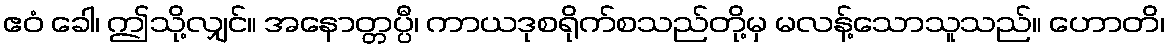
ဧဝံ ခေါ၊ ဤသို့လျှင်။ အနောတ္တပ္ပီ၊ ကာယဒုစရိုက်စသည်တို့မှ မလန့်သောသူသည်။ ဟောတိ၊